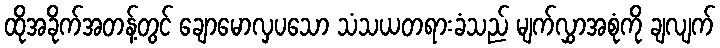
ထိုအခိုက်အတန့်တွင် ချောမောလှပသော သံသယတရားခံသည် မျက်လွှာအစုံကို ချလျက်